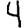
Digit: 4